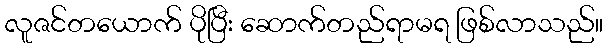
လူဇင်တယောက် ပိုပြီး ဆောက်တည်ရာမရ ဖြစ်လာသည်။